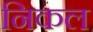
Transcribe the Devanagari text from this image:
निकल